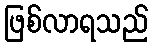
ဖြစ်လာရသည်